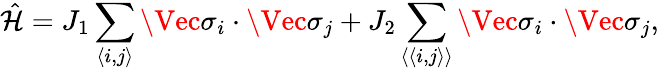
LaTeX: \hat{\mathcal{H}}=J_{1}\sum_{\langle i,j\rangle}\Vec{\sigma_{i}}\cdot\Vec{\sigma_{j}}+J_{2}\sum_{\langle\langle i,j\rangle\rangle}\Vec{\sigma_{i}}\cdot\Vec{\sigma_{j}},